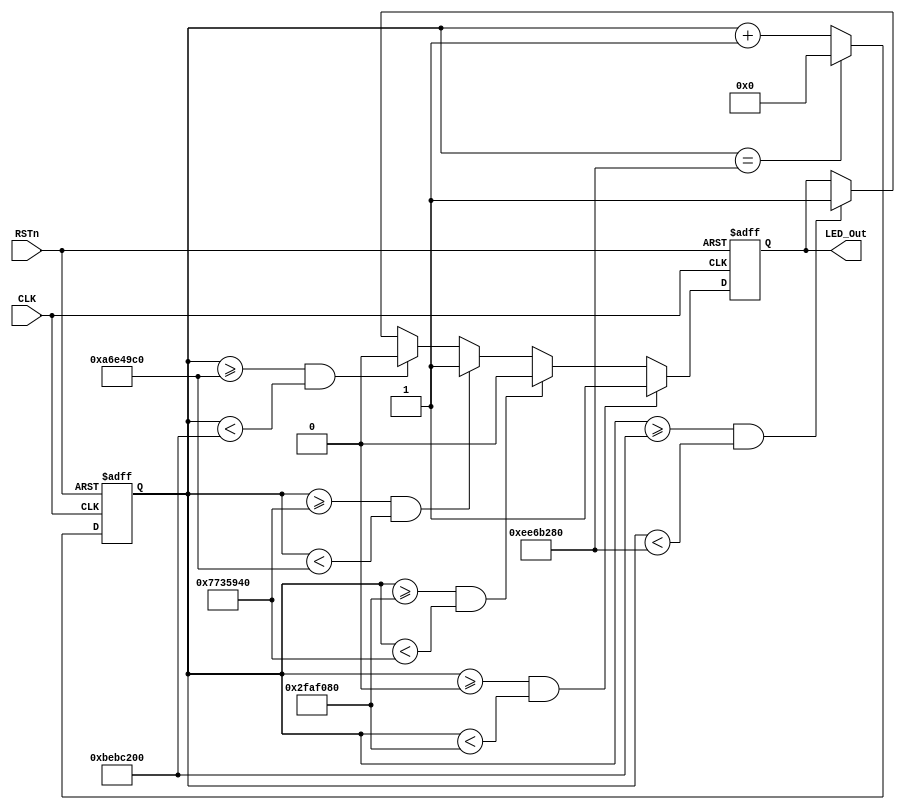
module led2_module
(
    CLK, RSTn, LED_Out
);

    input CLK;
    input RSTn;
    output LED_Out;
    
    /*************************************/
    
   parameter T5S = 28'd250_000_000;//DB4CE1550MHz50M*5=250_000_000
    
    /*************************************/
    
    reg [27:0]Count1;
    
    always @ ( posedge CLK or negedge RSTn )
	    if( !RSTn )	
	        Count1 <= 28'd0;
	    else if( Count1 == T5S )
	        Count1 <= 28'd0;
	    else
	        Count1 <= Count1 + 1'b1;
	        
	/*************************************/
	
	reg rLED_Out;
	
	always @ ( posedge CLK or negedge RSTn )
        if( !RSTn ) 
            rLED_Out <= 1'b0;
        else if( Count1 >= 28'd0 && Count1 < 28'd50_000_000 )//
            rLED_Out <= 1'b1;
        else if( Count1 >=28'd50_000_000 && Count1 < 28'd125_000_000 ) //
            rLED_Out <= 1'b0;
		  else if( Count1 >=28'd125_000_000 && Count1 < 28'd175_000_000 )//
				rLED_Out <= 1'b1;
		  else if( Count1 >=28'd175_000_000 && Count1 < 28'd200_000_000 )//
				rLED_Out <= 1'b0;
		  else if( Count1 >=28'd200_000_000 && Count1 < 28'd250_000_000 )//
            rLED_Out <= 1'b1;
            
     /***************************************/
     
     assign LED_Out = rLED_Out;
     
     /***************************************/
              
    
endmodule